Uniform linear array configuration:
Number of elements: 12
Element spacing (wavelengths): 0.75
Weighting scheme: hamming
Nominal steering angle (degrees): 15
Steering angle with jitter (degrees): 16.856
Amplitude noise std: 0.05
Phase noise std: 0.05

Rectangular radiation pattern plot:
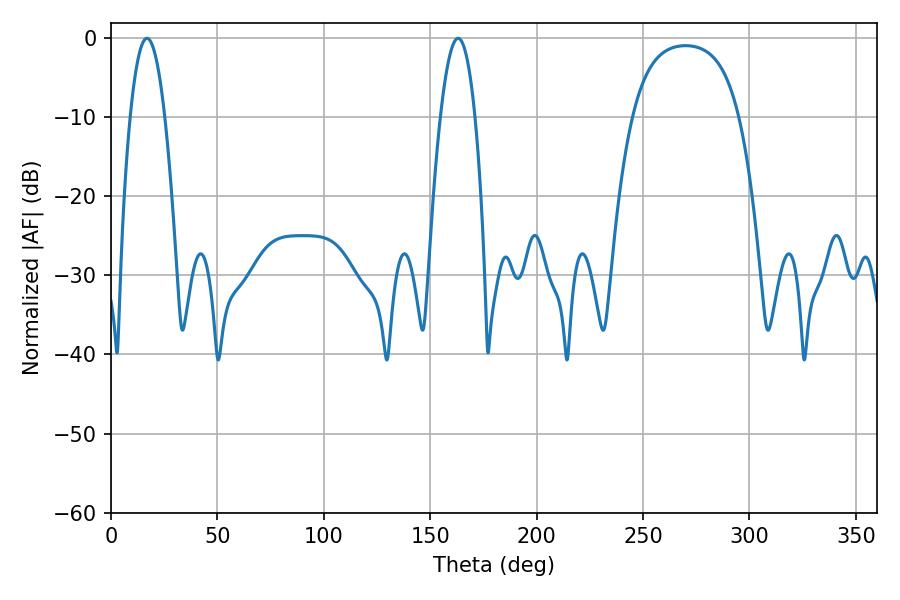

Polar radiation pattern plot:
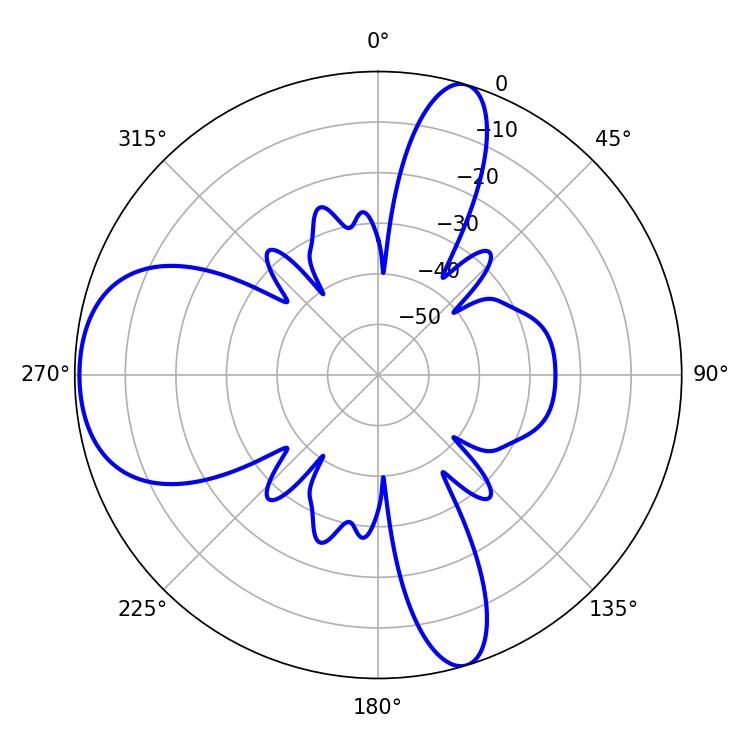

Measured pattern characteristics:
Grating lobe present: TRUE
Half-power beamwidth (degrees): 9
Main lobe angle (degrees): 16.92